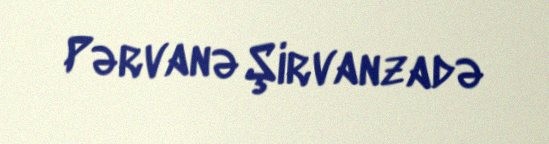
Pərvanə Şirvanzadə